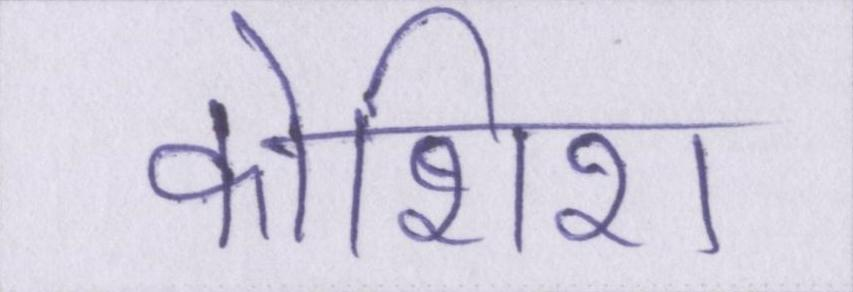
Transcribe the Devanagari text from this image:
कोशिश